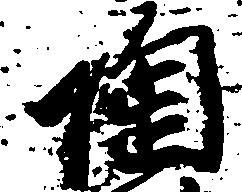
陶